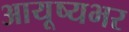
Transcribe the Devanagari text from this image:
आयूष्यभर